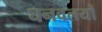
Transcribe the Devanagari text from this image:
घनवलयों